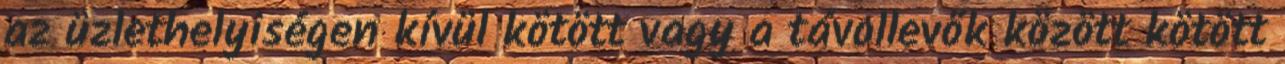
az üzlethelyiségen kívül kötött vagy a távollevők között kötött